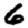
Digit: 6